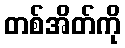
တစ်အိတ်ကို